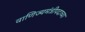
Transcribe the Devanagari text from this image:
वाणिज्यमंत्रीपदाच्या